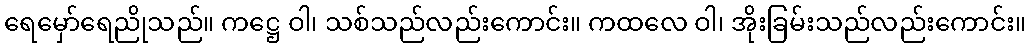
ရေမှော်ရေညိုသည်။ ကဋ္ဌေ ဝါ၊ သစ်သည်လည်းကောင်း။ ကထလေ ဝါ၊ အိုးခြမ်းသည်လည်းကောင်း။